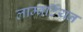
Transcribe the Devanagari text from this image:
लाम्बर्टियन